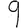
Digit: 9